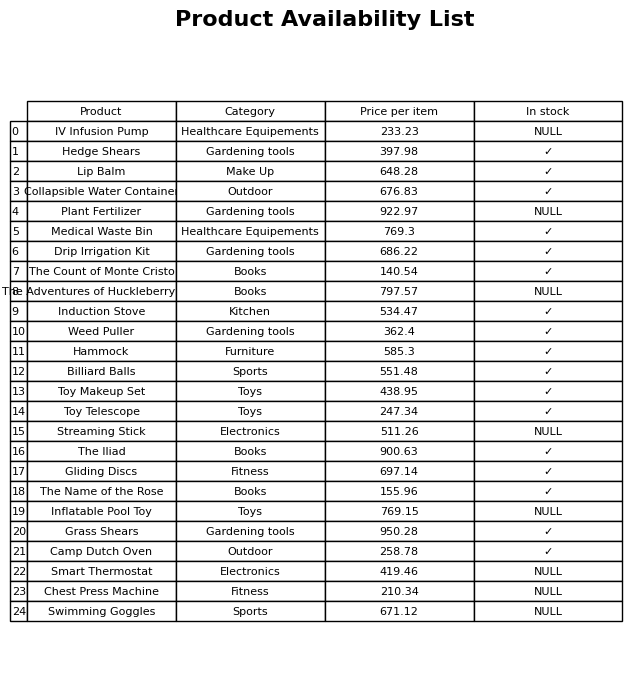
question: What is the price for Chest Press Machine?
answer: The price of Chest Press Machine is 210.34.